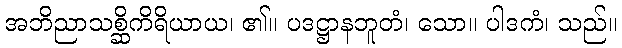
အဘိညာသစ္ဆိကိရိယာယ၊ ၏။ ပဒဋ္ဌာနဘူတံ၊ သော။ ပါဒကံ၊ သည်။